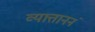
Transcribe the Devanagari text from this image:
व्यात्ताननं